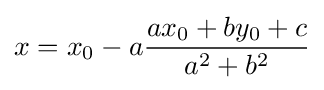
x=x_{0}-a{\frac {ax_{0}+by_{0}+c}{a^{2}+b^{2}}}